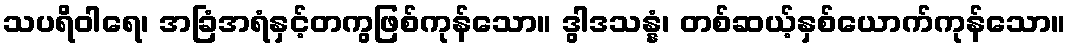
သပရိဝါရေ၊ အခြံအရံနှင့်တကွဖြစ်ကုန်သော။ ဒွါဒသန္နံ၊ တစ်ဆယ့်နှစ်ယောက်ကုန်သော။